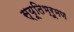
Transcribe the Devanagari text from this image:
स्यूतिभ्रूमण